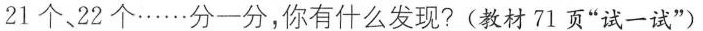
21个、22个……分一分，你有什么发现?(教材71页“试一试”)。